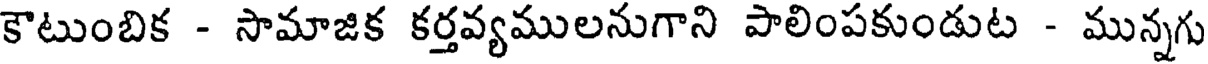
కౌటుంబిక - సామాజిక కర్తవ్యములనుగాని పాలింపకుండుట - మున్నగు